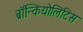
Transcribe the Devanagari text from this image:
ब्रॉन्कियोलिटिस